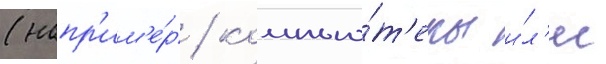
(напр'им'е́р / компью́т'еры и́л'и